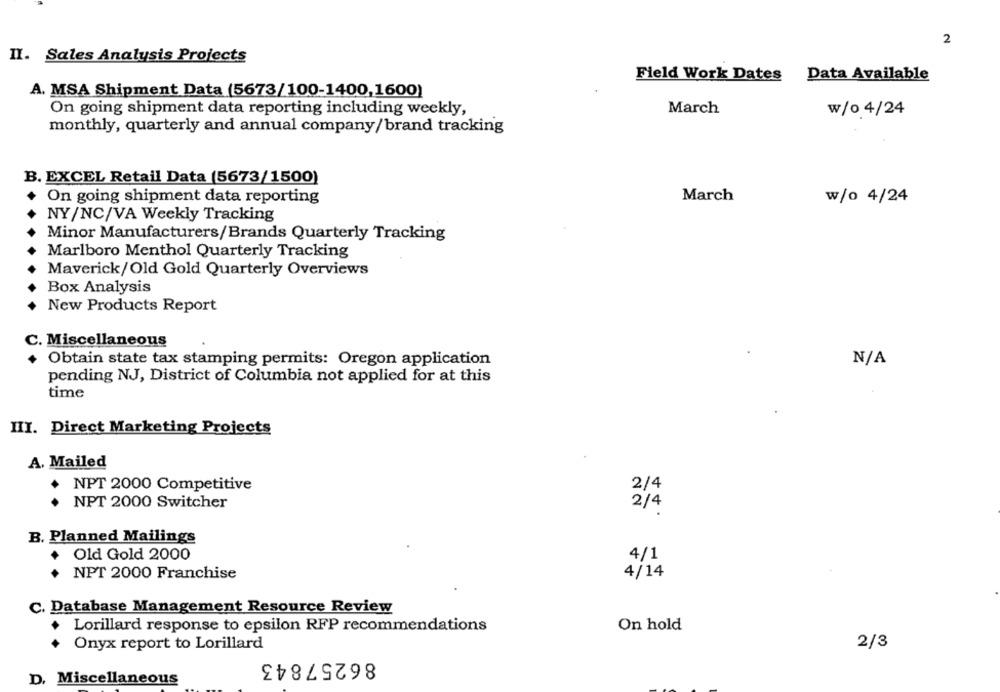
2
II. Sales Analysis Projects
Data Available
Field Work Dates
A. MSA Shipment Data (5673/100-1400,1600)
March
w/0 4/24
On going shipment data reporting including weekly,
monthly, quarterly and annual company/brand tracking
B. EXCEL Retail Data (5673/1500)
On going shipment data reporting
March
w/o 4/24
NY/NC/VA Weekly Tracking
Minor Manufacturers/Brands Quarterly Tracking
Marlboro Menthol Quarterly Tracking
Maverick/Old Gold Quarterly Overviews
Box Analysis
New Products Report
C. Miscellaneous
Obtain state tax stamping permits: Oregon application
pending NJ, District of Columbia not applied for at this
time
III. Direct Marketing Projects
A. Mailed
2/4
NPT 2000 Competitive
NPT 2000 Switcher
2/4
B. Planned Mailings
Old Gold 2000
4/1
NPT 2000 Franchise
4/14
C. Database Management Resource Review
Lorillard response to epsilon RFP recommendations
On hold
2/3
Onyx report to Lorillard
86257843
D. Miscellaneous